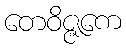
တေဝိဇ္ဇကေ